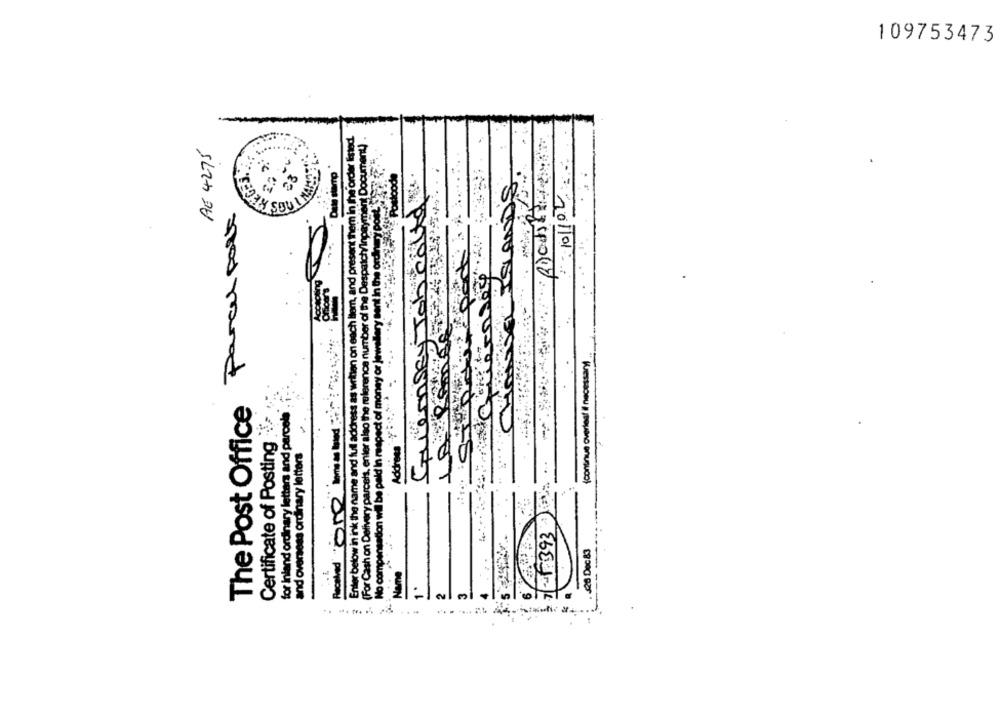
109753473
-
n each liam, and present them in the order listed.
umber of the Despatch/Inpayment Document).
DE 4275
10/10V
The Post Office Parael port
and prese
sent in the ordin
Enter below in ink the name and full address as written on each
Recalled One iniand Pray
(For Cash on Delivery parcels, enter also the reference n
(continue overles/ il necessary)
In respect of money
Certificate of Posting-
for inland ordinary letters and parcels
and overseas ordinary letters
No compensation will be paid In
Address
...
49
7393
. 426 Dec 83
Name
2.